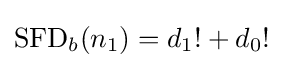
\operatorname {SFD} _{b}(n_{1})=d_{1}!+d_{0}!